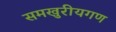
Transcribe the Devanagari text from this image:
समखुरीयगण